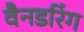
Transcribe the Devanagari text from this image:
वैनडरिंग